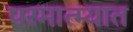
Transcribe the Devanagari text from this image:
परमात्म्यात